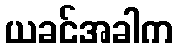
ယခင်အခါက